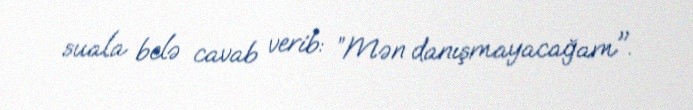
suala belə cavab verib: ”Mən danışmayacağam".